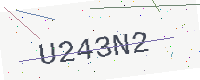
Text: U243N2